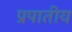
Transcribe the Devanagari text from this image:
प्रपातीय